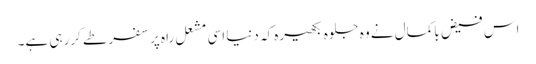
اس فیض باکمال نے وہ جلوہ بکھیرہ کہ دنیا اسی مشعل راہ پر سفر طے کررہی ہے۔